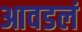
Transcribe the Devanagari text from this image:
आवडलं